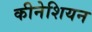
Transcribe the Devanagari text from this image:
कीनेशियन